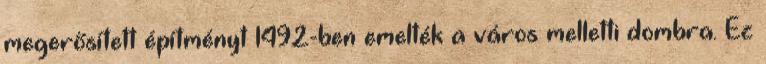
megerősített építményt 1492-ben emelték a város melletti dombra. Ez